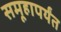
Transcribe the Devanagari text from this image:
समूहापर्यंत